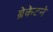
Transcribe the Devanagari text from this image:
ब्रेकेटने